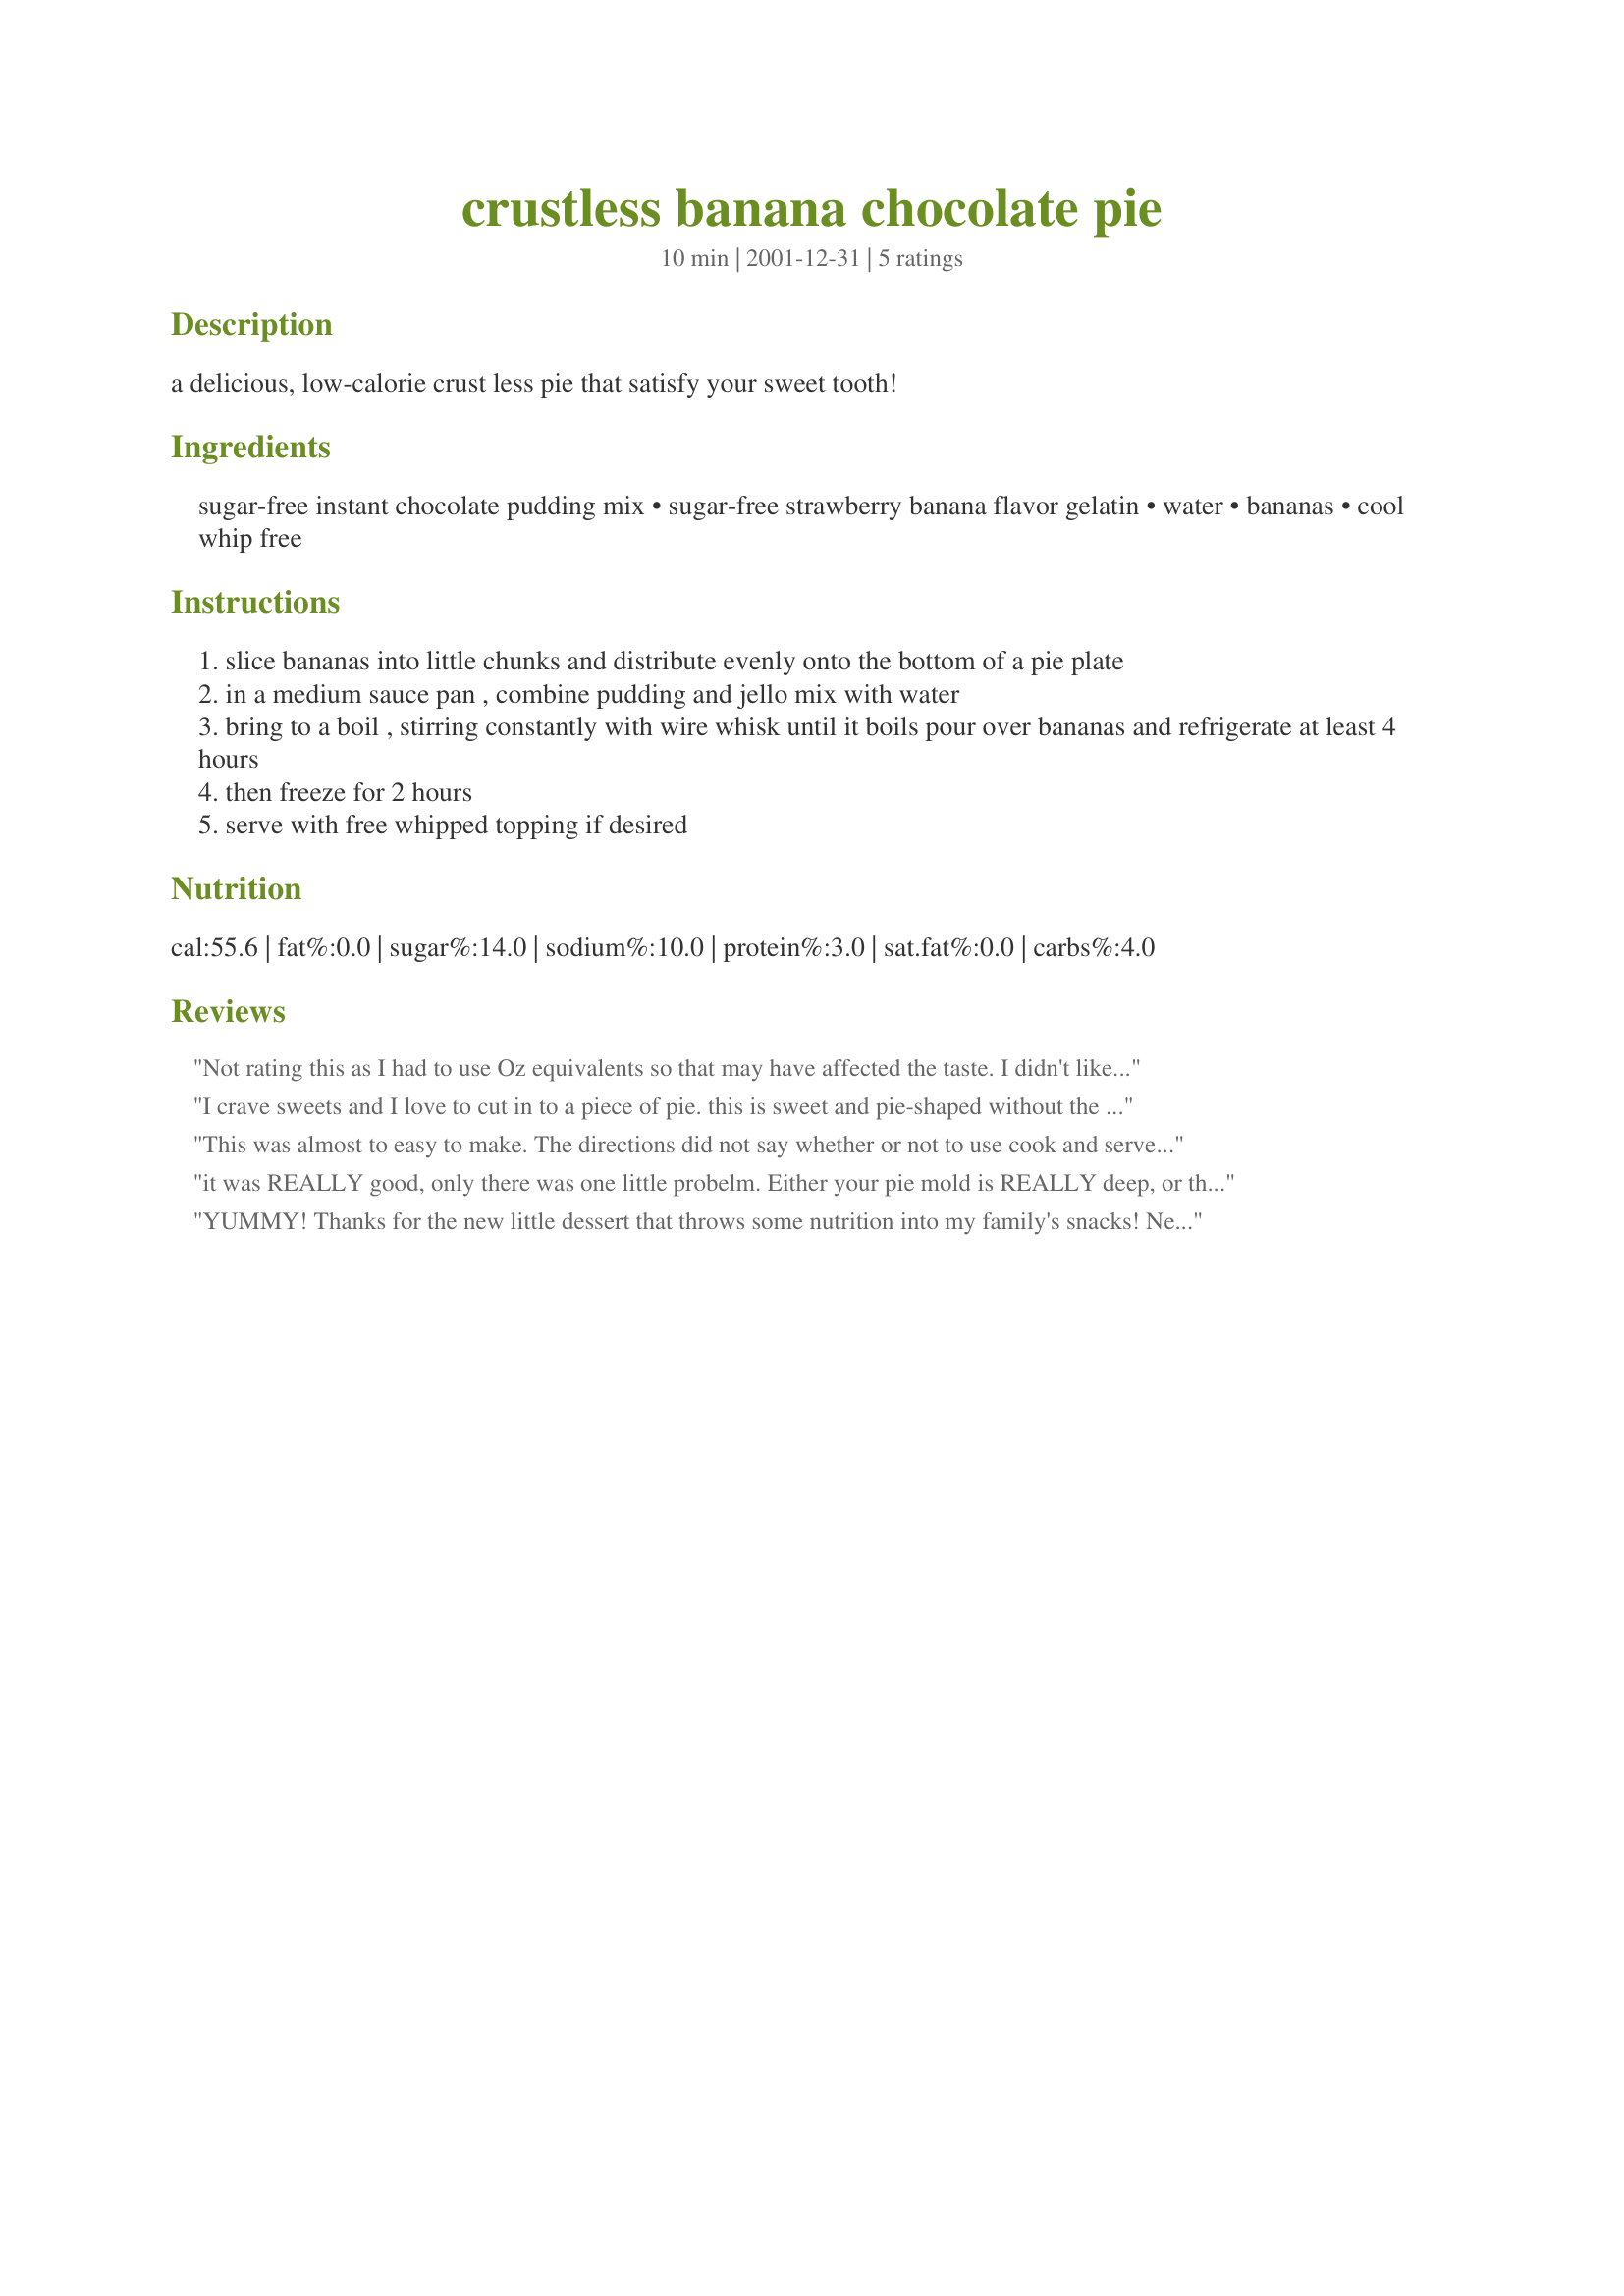
crustless banana chocolate pie
Preparation time: 10 minutes

a delicious, low-calorie crust less pie that satisfy your sweet tooth!

Ingredients:
sugar-free instant chocolate pudding mix, sugar-free strawberry banana flavor gelatin, water, bananas, cool whip free

Steps:
slice bananas into little chunks and distribute evenly onto the bottom of a pie plate
in a medium sauce pan , combine pudding and jello mix with water
bring to a boil , stirring constantly with wire whisk until it boils pour over bananas and refrigerate at least 4 hours
then freeze for 2 hours
serve with free whipped topping if desired

Reviews:
Not rating this as I had to use Oz equivalents so that may have affected the taste.
I didn't like this very much at all.
My BF, on the other hand, finished it all off in one sitting.
Wouldn't recommend making this unless you have the ingredients as described (or are a better cook than I!).
I crave sweets and I love to cut in to a piece of pie. this is sweet and pie-shaped without the sugar and fat. You have also given me the chemistry for fugar free pudding without using milk! Thanks! I sliced the banana and layered it in the pie plateto form a crust.I also used a glass plate which was helpful with removal.
This was almost to easy to make. The directions did not say whether or not to use cook and serve pudding or instant. I used instant and it turned out great. My husband loved it too. I am anxious to try other flavor combinations.
it was REALLY good, only there was one little probelm. Either your pie mold is REALLY deep, or there's enough chocolate pudding mix for 2 and a half pies! it made a total mess on my counter! TT_TT but it was REALLY good. Next time, I'll make it with more bananas, or kiwis (because I WILL make it again!!! ^^)
YUMMY! Thanks for the new little dessert that throws some nutrition into my family's snacks! Next time, I thought it might be neat to use orange jello gelatin and mandarine oranges instead of the nanas...we'll see, for sure! Thanks again!
